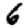
Digit: 6